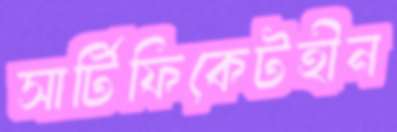
সার্টিফিকেটহীন